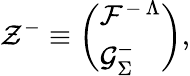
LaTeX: {\cal\mathcal{Z}}^{-}\equiv\left(\begin{array}{l}{{{\cal F}^{-\, \Lambda}}}\\ {{{\cal G}_{\Sigma}^{-}}}\end{array}\right),